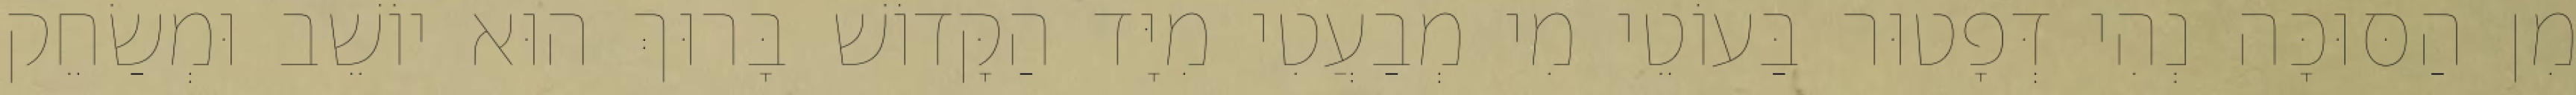
מִן הַסּוּכָּה נְהִי דְּפָטוּר בַּעוֹטֵי מִי מְבַעֲטִי מִיָּד הַקָּדוֹשׁ בָּרוּךְ הוּא יוֹשֵׁב וּמְשַׂחֵק